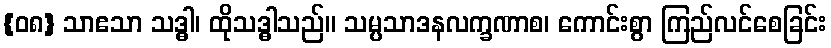
{၀၈} သာဧသာ သဒ္ဓါ၊ ထိုသဒ္ဓါသည်။ သမ္ပသာဒနလက္ခဏာစ၊ ကောင်းစွာ ကြည်လင်စေခြင်း